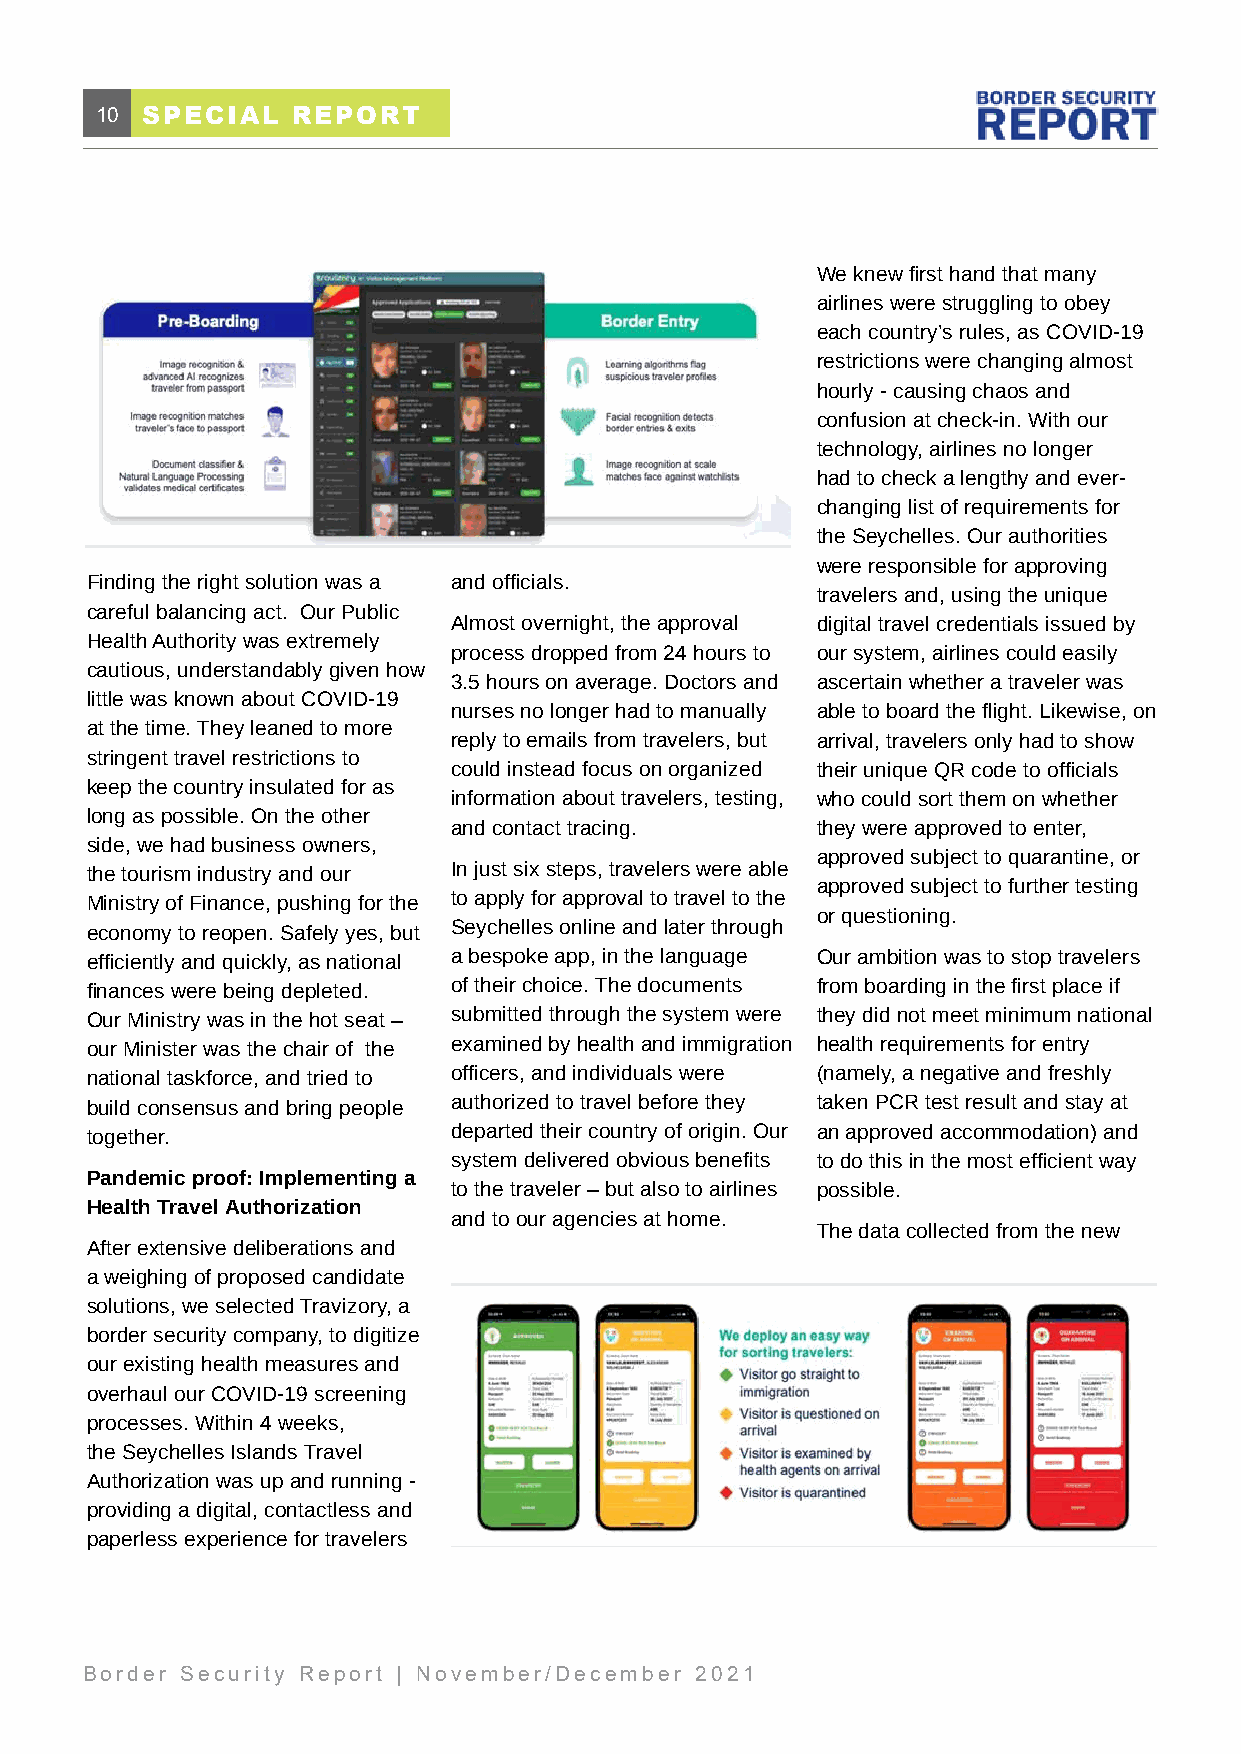
10 SPECIAL   REPORT
 We knew first hand that many
 airlines were struggling to obey
 each country’s rules, as COVID-19
 restrictions were changing almost
 hourly - causing chaos and
 confusion at check-in. With our
 technology, airlines no longer
 had to check a lengthy and ever-
 changing list of requirements for
 the Seychelles. Our authorities
 were responsible for approving
 Finding the right solution was a and officials.
 travelers and, using the unique
 careful balancing act. Our Public
 Almost overnight, the approval digital travel credentials issued by
 Health Authority was extremely
 process dropped from 24 hours to our system, airlines could easily
 cautious, understandably given how
 3.5 hours on average. Doctors and ascertain whether a traveler was
 little was known about COVID-19
 nurses no longer had to manually able to board the flight. Likewise, on
 at the time. They leaned to more
 reply to emails from travelers, but arrival, travelers only had to show
 stringent travel restrictions to
 could instead focus on organized their unique QR code to officials
 keep the country insulated for as
 information about travelers, testing, who could sort them on whether
 long as possible. On the other
 and contact tracing.    they were approved to enter,
 side, we had business owners,
 approved subject to quarantine, or
 the tourism industry and our In just six steps, travelers were able
 approved subject to further testing
 Ministry of Finance, pushing for the to apply for approval to travel to the
 or questioning.
 economy to reopen. Safely yes, but Seychelles online and later through
 efficiently and quickly, as national a bespoke app, in the language Our ambition was to stop travelers
 finances were being depleted. of their choice. The documents from boarding in the first place if
 Our Ministry was in the hot seat – submitted through the system were they did not meet minimum national
 our Minister was the chair of the examined by health and immigration health requirements for entry
 national taskforce, and tried to officers, and individuals were (namely, a negative and freshly
 build consensus and bring people authorized to travel before they taken PCR test result and stay at
 together.               departed their country of origin. Our an approved accommodation) and
 system delivered obvious benefits to do this in the most efficient way
 Pandemic proof: Implementing a
 to the traveler – but also to airlines possible.
 Health Travel Authorization
 and to our agencies at home.
 The data collected from the new
 After extensive deliberations and
 a weighing of proposed candidate
 solutions, we selected Travizory, a
 border security company, to digitize
 our existing health measures and
 overhaul our COVID-19 screening
 processes. Within 4 weeks,
 the Seychelles Islands Travel
 Authorization was up and running -
 providing a digital, contactless and
 paperless experience for travelers
 Border Security Report | November/December 2021